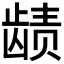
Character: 𬺉